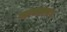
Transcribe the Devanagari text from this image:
मायबाप।